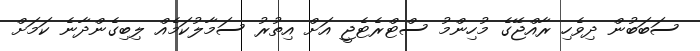
ސަބަބުން ދިވެހި ރާއްޖޭގެ މުހިންމު ސްޓްރެޓެޖީ އަށް އިތުރު ސަމާލުކަމެއް ލިބިގެންދާނެ ކަމަށް